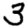
Digit: 3